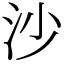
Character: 沙